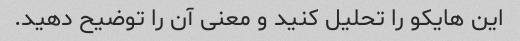
این هایکو را تحلیل کنید و معنی آن را توضیح دهید.